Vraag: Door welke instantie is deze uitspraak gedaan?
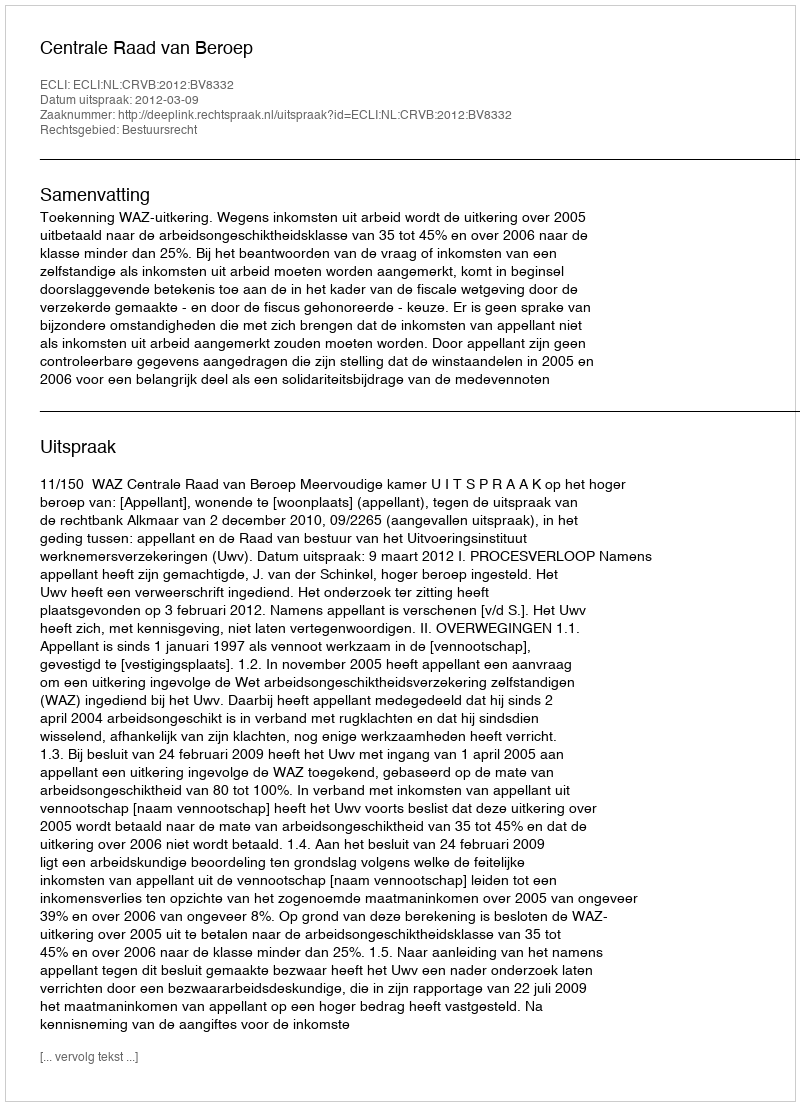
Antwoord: Centrale Raad van Beroep